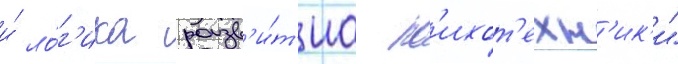
и́ ло́г'ика разв'и́т'иа пс'ихот'ехн'ик'и"